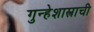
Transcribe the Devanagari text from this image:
गुन्हेशास्त्राची